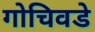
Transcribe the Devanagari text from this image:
गोचिवडे